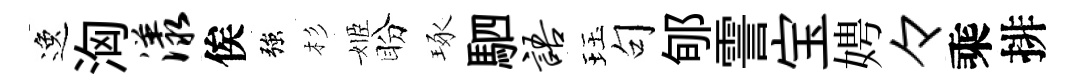
逸洶漾俟強杉姬盼琢駟语珏句郇霅宝娉々乘排